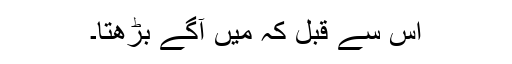
اس سے قبل کہ میں آگے بڑھتا۔